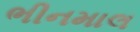
ભીનમાલ